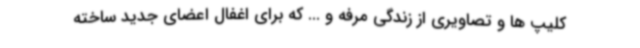
کلیپ ها و تصاویری از زندگی مرفه و ... که برای اغفال اعضای جدید ساخته